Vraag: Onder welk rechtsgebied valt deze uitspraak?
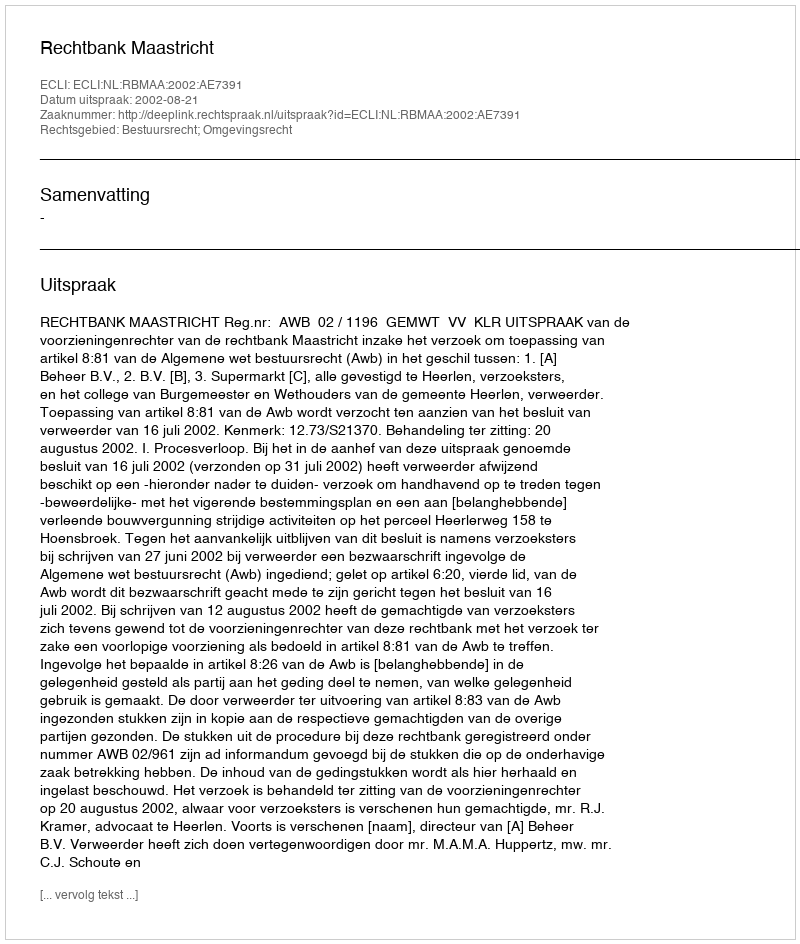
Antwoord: Bestuursrecht; Omgevingsrecht